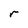
Character: r